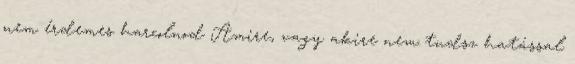
nem érdemes harcolnod Amire, vagy akire nem tudsz hatással